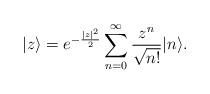
LaTeX: \begin{align*}|z\rangle=e^{-\frac{|z|^{2}}{2}}\sum_{n=0}^{\infty}\frac{z^{n}}{\sqrt{n!}}|n\rangle.\end{align*}